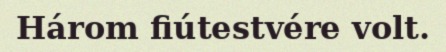
Három fiútestvére volt.